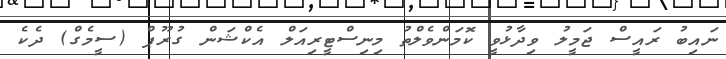
ނައިބު ރައީސް ޖަމީލު ވިދާޅުވީ ކޮމަންވެލްތު މިނިސްޓީރިއަލް އެކްޝަން ގުރޫޕް (ސީމެގް) ދެކެ